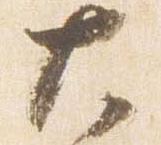
大